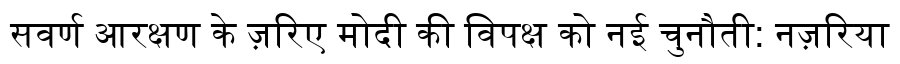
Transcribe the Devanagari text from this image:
सवर्ण आरक्षण के ज़रिए मोदी की विपक्ष को नई चुनौती: नज़रिया